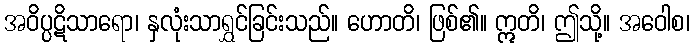
အဝိပ္ပဋိသာရော၊ နှလုံးသာရွှင်ခြင်းသည်။ ဟောတိ၊ ဖြစ်၏။ ဣတိ၊ ဤသို့။ အဝေါစ၊